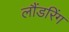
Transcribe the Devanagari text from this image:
लौंडरिंग